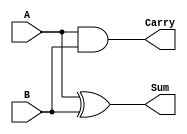
module half_adder (
    input wire A,   // Input A
    input wire B,   // Input B
    output wire Sum, // Output Sum (S)
    output wire Carry // Output Carry (C)
);

// Sum output using XOR gate
assign Sum = A ^ B;

// Carry output using AND gate
assign Carry = A & B;

endmodule